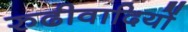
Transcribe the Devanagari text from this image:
रुढीवादियों